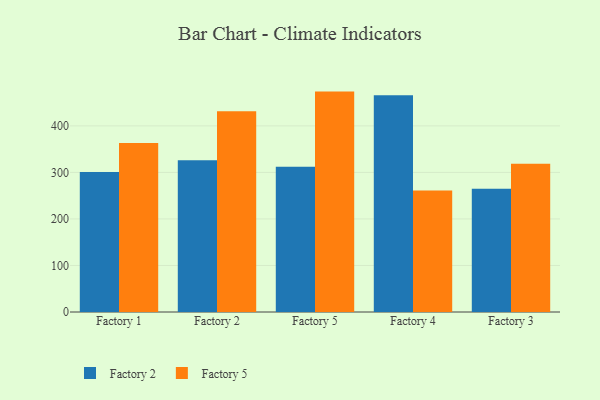
{"axis": {"x": "Factory", "y": "Customer Acquisition Cost (USD)"}, "legend": ["Factory 2", "Factory 5"], "data": [{"x": "Factory 1", "y": 300.8, "type": "Factory 2"}, {"x": "Factory 1", "y": 363.4, "type": "Factory 5"}, {"x": "Factory 2", "y": 325.9, "type": "Factory 2"}, {"x": "Factory 2", "y": 431.2, "type": "Factory 5"}, {"x": "Factory 5", "y": 312.2, "type": "Factory 2"}, {"x": "Factory 5", "y": 473.7, "type": "Factory 5"}, {"x": "Factory 4", "y": 466.1, "type": "Factory 2"}, {"x": "Factory 4", "y": 261.2, "type": "Factory 5"}, {"x": "Factory 3", "y": 265.1, "type": "Factory 2"}, {"x": "Factory 3", "y": 318.6, "type": "Factory 5"}]}